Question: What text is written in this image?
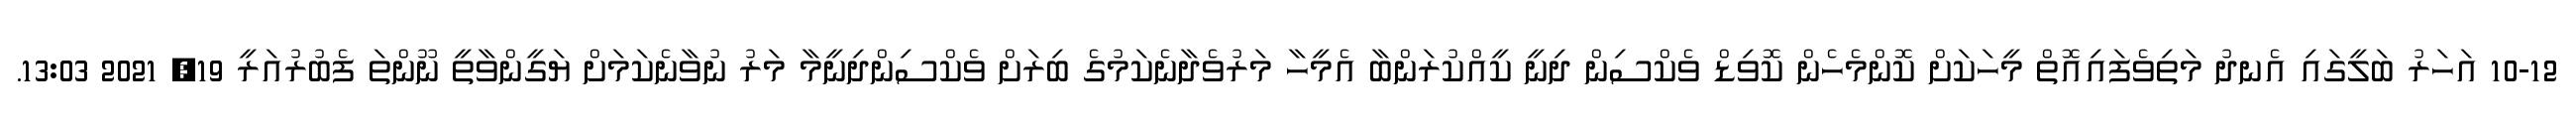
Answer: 10-12 އަހަރު ބަލީގައި އެނދު މަތިވެފައިއޮތް މީހަކަށް ކޮންމެހެން ކޮވިޑް ވެކްސިން ދިނީ ކީއްކުރަންބާ އެމީހާ މަރުވެދާނެކަމުގެ ބިރަށް ވެކްސިންދިނީމާ މަރު ނުވާނެކަމަށް ޔަގީންވާތީ ނޫންތަ ފެބުރުއަރީ 19, 2021 13:03.